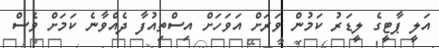
އަލީ ޕާޓީގެ ލީޑަރު ކަމުން ވަރަށް އަވަހަށް އިސްތިއުފާ ދެއްވާނެ ކަމަށް ވެސް